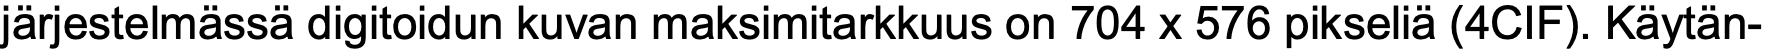
järjestelmässä digitoidun kuvan maksimitarkkuus on 704 x 576 pikseliä (4CIF). Käytän-